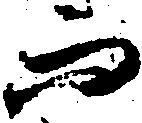
而